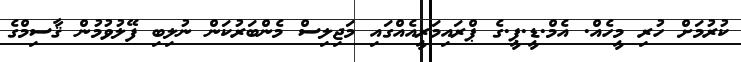
ކުރުމަށް ހުރި މީހެއް. އެމް.ޑީ.ޕީ.ގެ ޕްރައިމަރީއެއްގައި މަޖިލިސް މެންބަރުކަން ނުލިބި ފޭލުވުމުން ޤާސިމްގެ